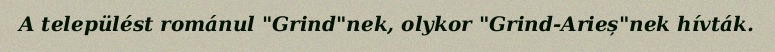
A települést románul "Grind"nek, olykor "Grind-Arieș"nek hívták.